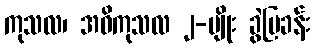
ကုသလ၊ အဓိကုသလ ၂-မျိုး ခွဲပြခန်း